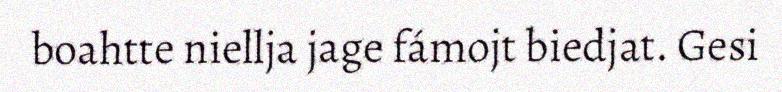
boahtte niellja jage fámojt biedjat. Gesi